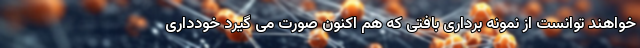
خواهند توانست از نمونه برداری بافتی که هم اکنون صورت می گیرد خودداری